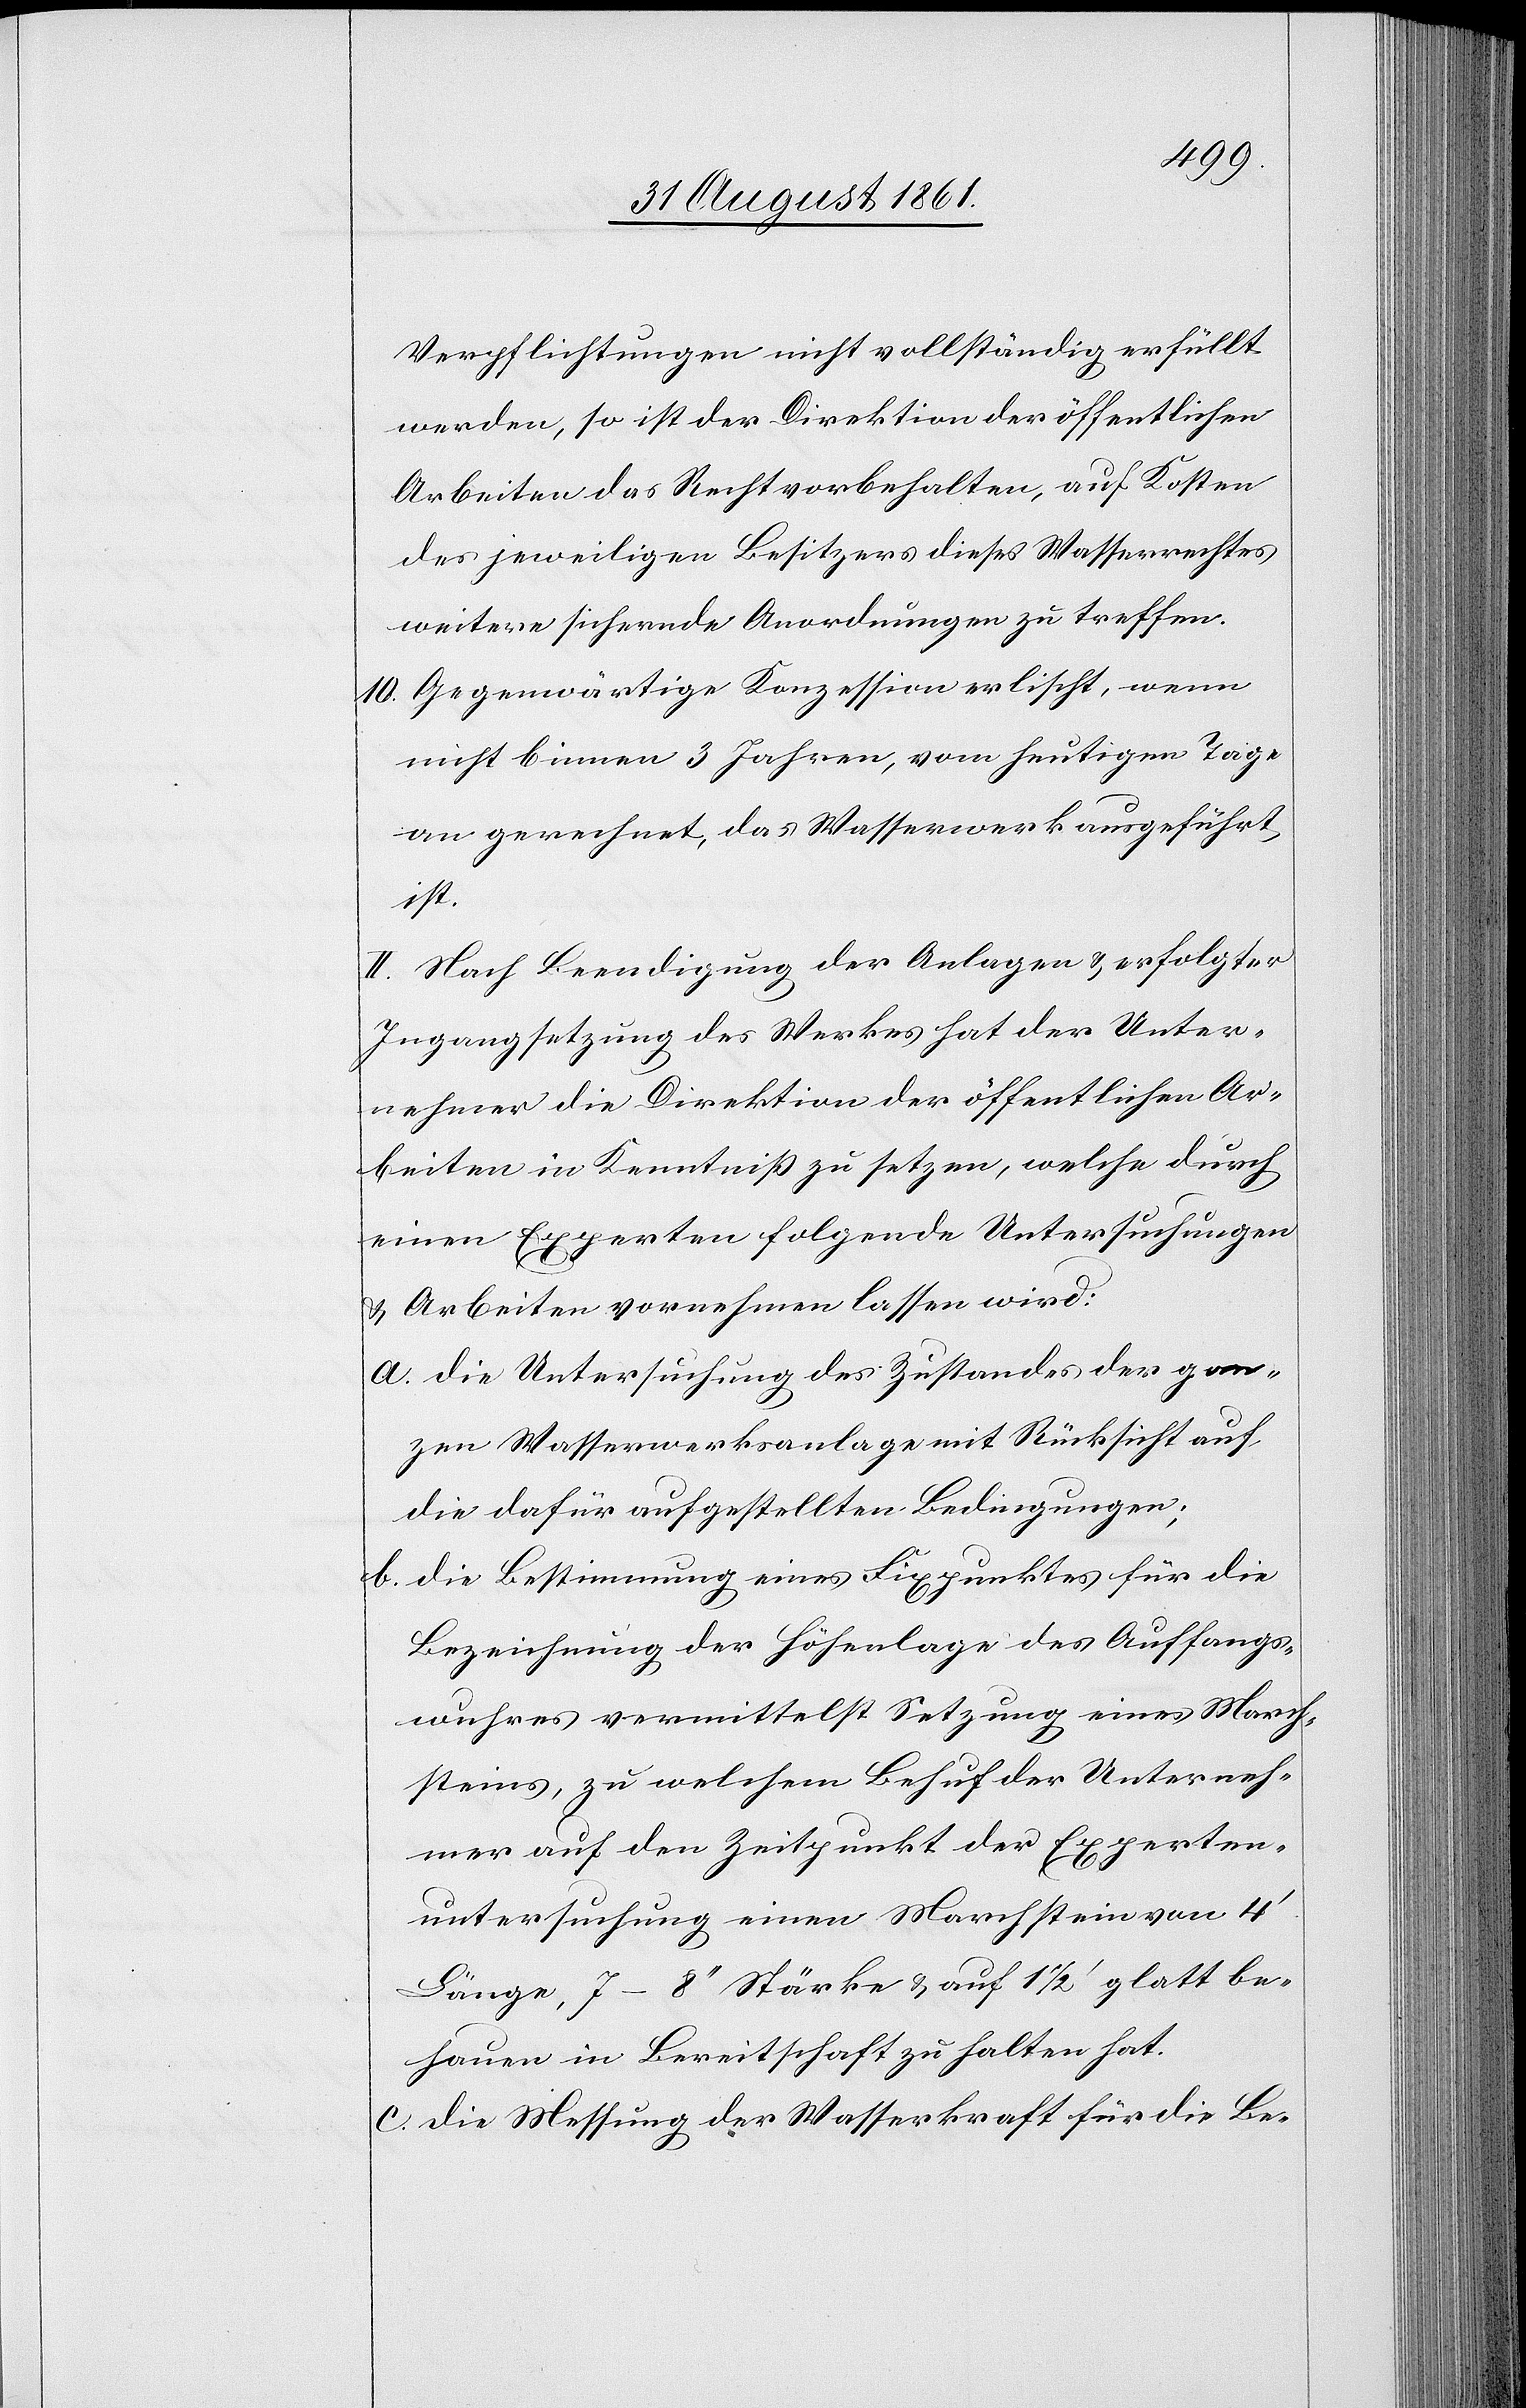
Verpflichtungen nicht vollständig erfüllt
werden, so ist der Direktion der öffentlichen
Arbeiten das Recht vorbehalten, auf Kosten
des jeweiligen Besitzers dieses Wasserrechtes
weitere sichernde Anordnungen zu treffen.
10. Gegenwärtige Konzession erlischt, wenn
nicht binnen 3 Jahren, vom heutigen Tage
an gerechnet, das Wasserwerk ausgeführt
ist.
II. Nach Beendigung der Anlagen u. erfolgter
Ingangsetzung des Werkes hat der Unter¬
nehmer die Direktion der öffentlichen Ar¬
beiten in Kenntniß zu setzen, welche durch
einen Experten folgende Untersuchungen
u. Arbeiten vornehmen lassen wird.
a. Die Untersuchung des Zustandes der gan¬
zen Wasserwerksanlage mit Rücksicht auf
die dafür aufgestellten Bedingungen;
b. Die Bestimmung eines Fixpunktes für die
Bezeichnung der Höhenlage des Auffangs¬
wuhres vermittelst Setzung eines March¬
steines, zu welchem Behuf der Unterneh¬
mer auf den Zeitpunkt der Experten¬
untersuchung einen Marchstein von 4‘
Länge, 7–8‘‘ Stärke u. auf 1 1/2 ‘ glatt be¬
hauen in Bereitschaft zu halten hat.
c. Die Messung der Wasserkraft für die Be-